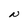
Character: N